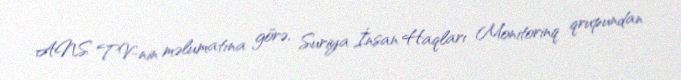
ANS TV-nin məlumatına görə, Suriya İnsan Haqları Monitorinq qrupundan